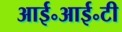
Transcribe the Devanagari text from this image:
आई॰आई॰टी